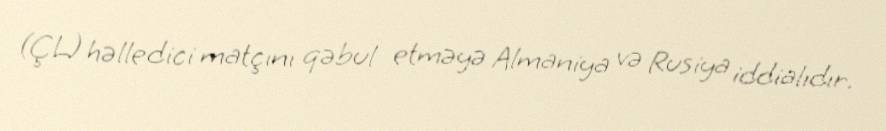
(ÇL) həlledici matçını qəbul etməyə Almaniya və Rusiya iddialıdır.